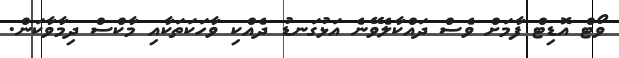
ވޯޓް އޮޑިޓް ފާމަށް ވެސް ދައްކާލެވޭނެ އަޅުގަނޑު ދެއްކި ވާހަކަތަކާއި މާކްސް ދިމާވާކަން.